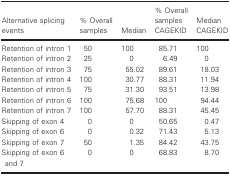
| Alternative splicing events | % Overall samples | Median | % Overall samples CAGEKID | Median CAGEKID |
 | --- | --- | --- | --- | --- |
 | Retention of intron 1 | 50 | 100 | 85.71 | 100 |
 | Retention of intron 2 | 25 | 0 | 6.49 | 0 |
 | Retention of intron 3 | 75 | 55.02 | 89.61 | 18.03 |
 | Retention of intron 4 | 100 | 30.77 | 88.31 | 11.94 |
 | Retention of intron 5 | 75 | 31.30 | 93.51 | 13.98 |
 | Retention of intron 6 | 100 | 75.68 | 100 | 94.44 |
 | Retention of intron 7 | 100 | 57.70 | 88.31 | 45.45 |
 | Skipping of exon 4 | 0 | 0 | 50.65 | 0.47 |
 | Skipping of exon 6 | 0 | 0.32 | 71.43 | 5.13 |
 | Skipping of exon 7 | 50 | 1.35 | 84.42 | 43.75 |
 | Skipping of exon 6 and 7 | 0 | 0 | 68.83 | 8.70 |